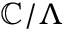
\mathbb { C } / \Lambda